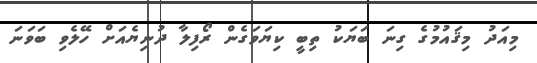
މިއަދު މިޤައުމުގެ ގިނަ ބަޔަކު ތިބީ ކިޔަވަގެން ރޯފިލާ ދުނިޔެއަށް ހޭލެވި ބަވަނަ